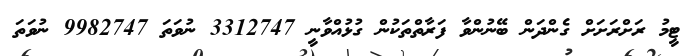
ޓީމު ރަށްރަށަށް ގެންދަން ބޭނުންވާ ފަރާތްތަކުން ގުޅުއްވާނީ 3312747 ނުވަތަ 9982747 ނުވަތަ